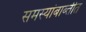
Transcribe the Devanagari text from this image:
समस्यांबाब्तीत